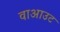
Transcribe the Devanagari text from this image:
वाआउट